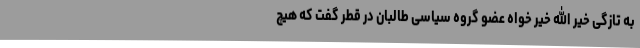
به تازگی خیر الله خیر خواه عضو گروه سیاسی طالبان در قطر گفت که هیچ